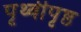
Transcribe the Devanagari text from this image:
पृथ्वीपृष्ठ